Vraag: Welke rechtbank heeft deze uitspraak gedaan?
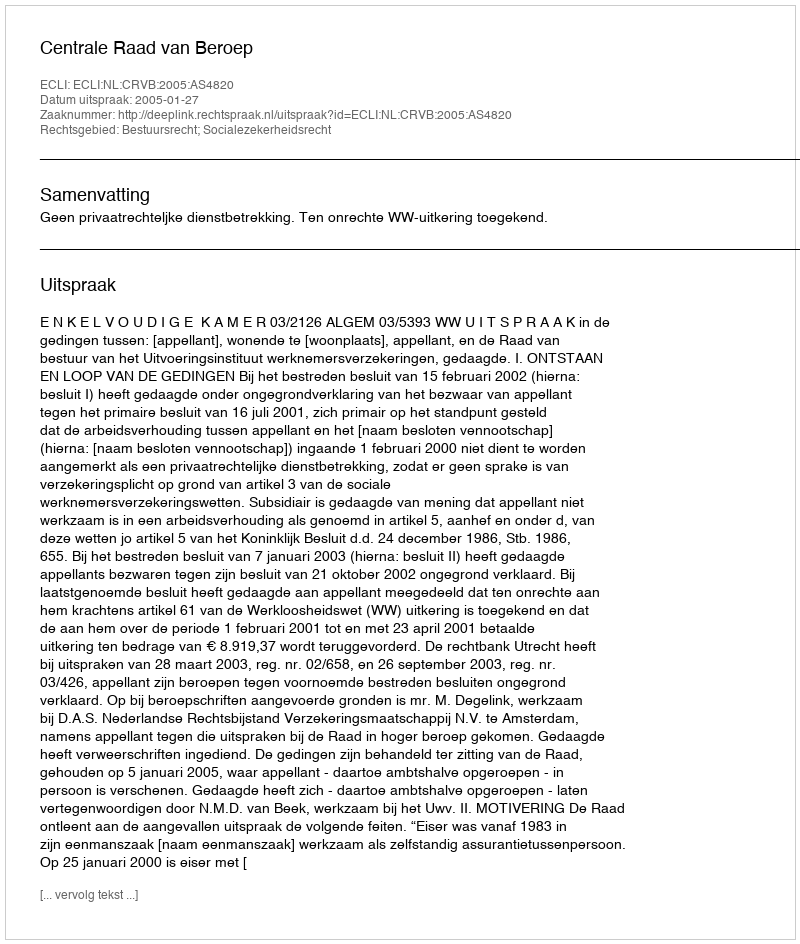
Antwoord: Centrale Raad van Beroep